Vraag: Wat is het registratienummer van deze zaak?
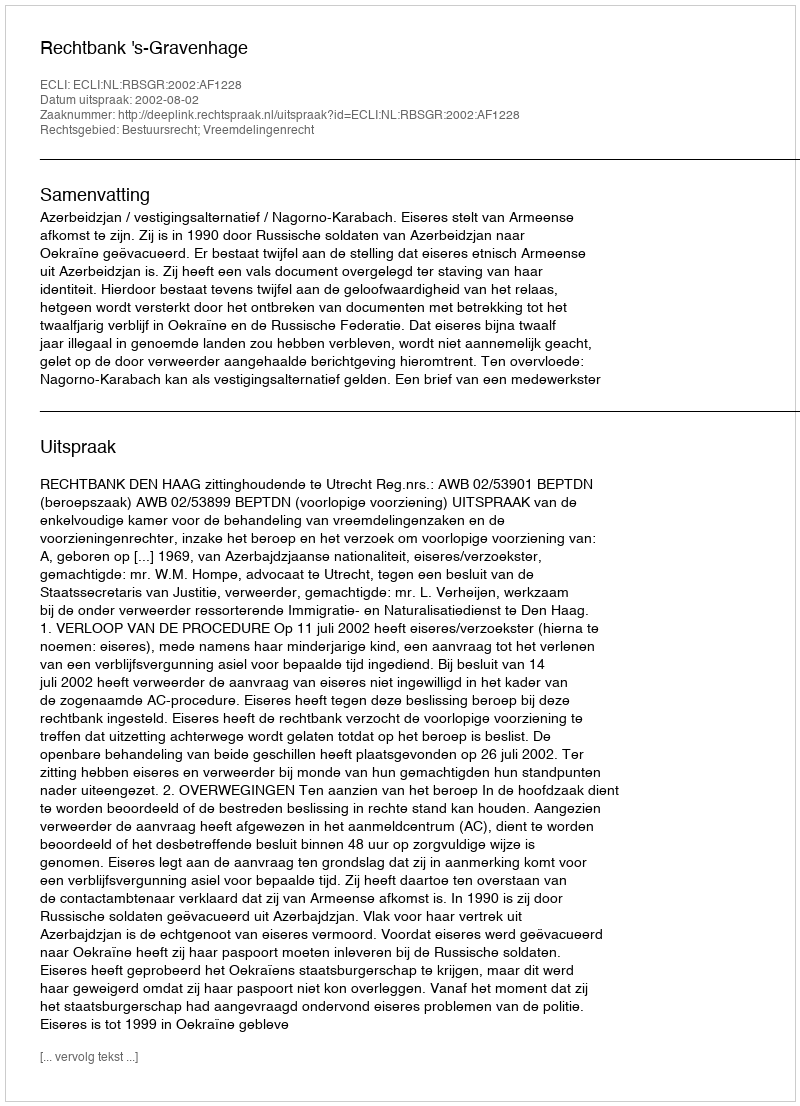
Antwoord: http://deeplink.rechtspraak.nl/uitspraak?id=ECLI:NL:RBSGR:2002:AF1228